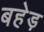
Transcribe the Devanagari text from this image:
बहेड़